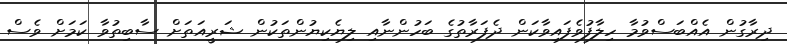
ދިރާގުން އެއްބަސްވުމާ ހިލާފުވެފައިވާކަން ދެފަރާތުގެ ބަހުންނާއި ލިޔެކިޔުންތަކުން ޝަރީއަތަށް ސާބިތުވާ ކަމަށް ވެސް